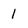
Character: 1